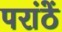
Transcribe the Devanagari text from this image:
परांठें